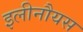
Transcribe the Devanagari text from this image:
इलीनौयस